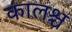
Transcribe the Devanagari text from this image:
कालश्च